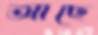
আছে